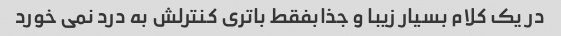
در یک کلام بسیار زیبا و جذابفقط باتری کنترلش به درد نمی خورد